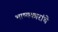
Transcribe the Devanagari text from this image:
भाष्यकारांचे